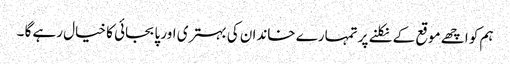
ہم کو اچھے موقع کے نکلنے پر تمہارے خاندان کی بہتری اور پابجائی کا خیال رہے گا ۔